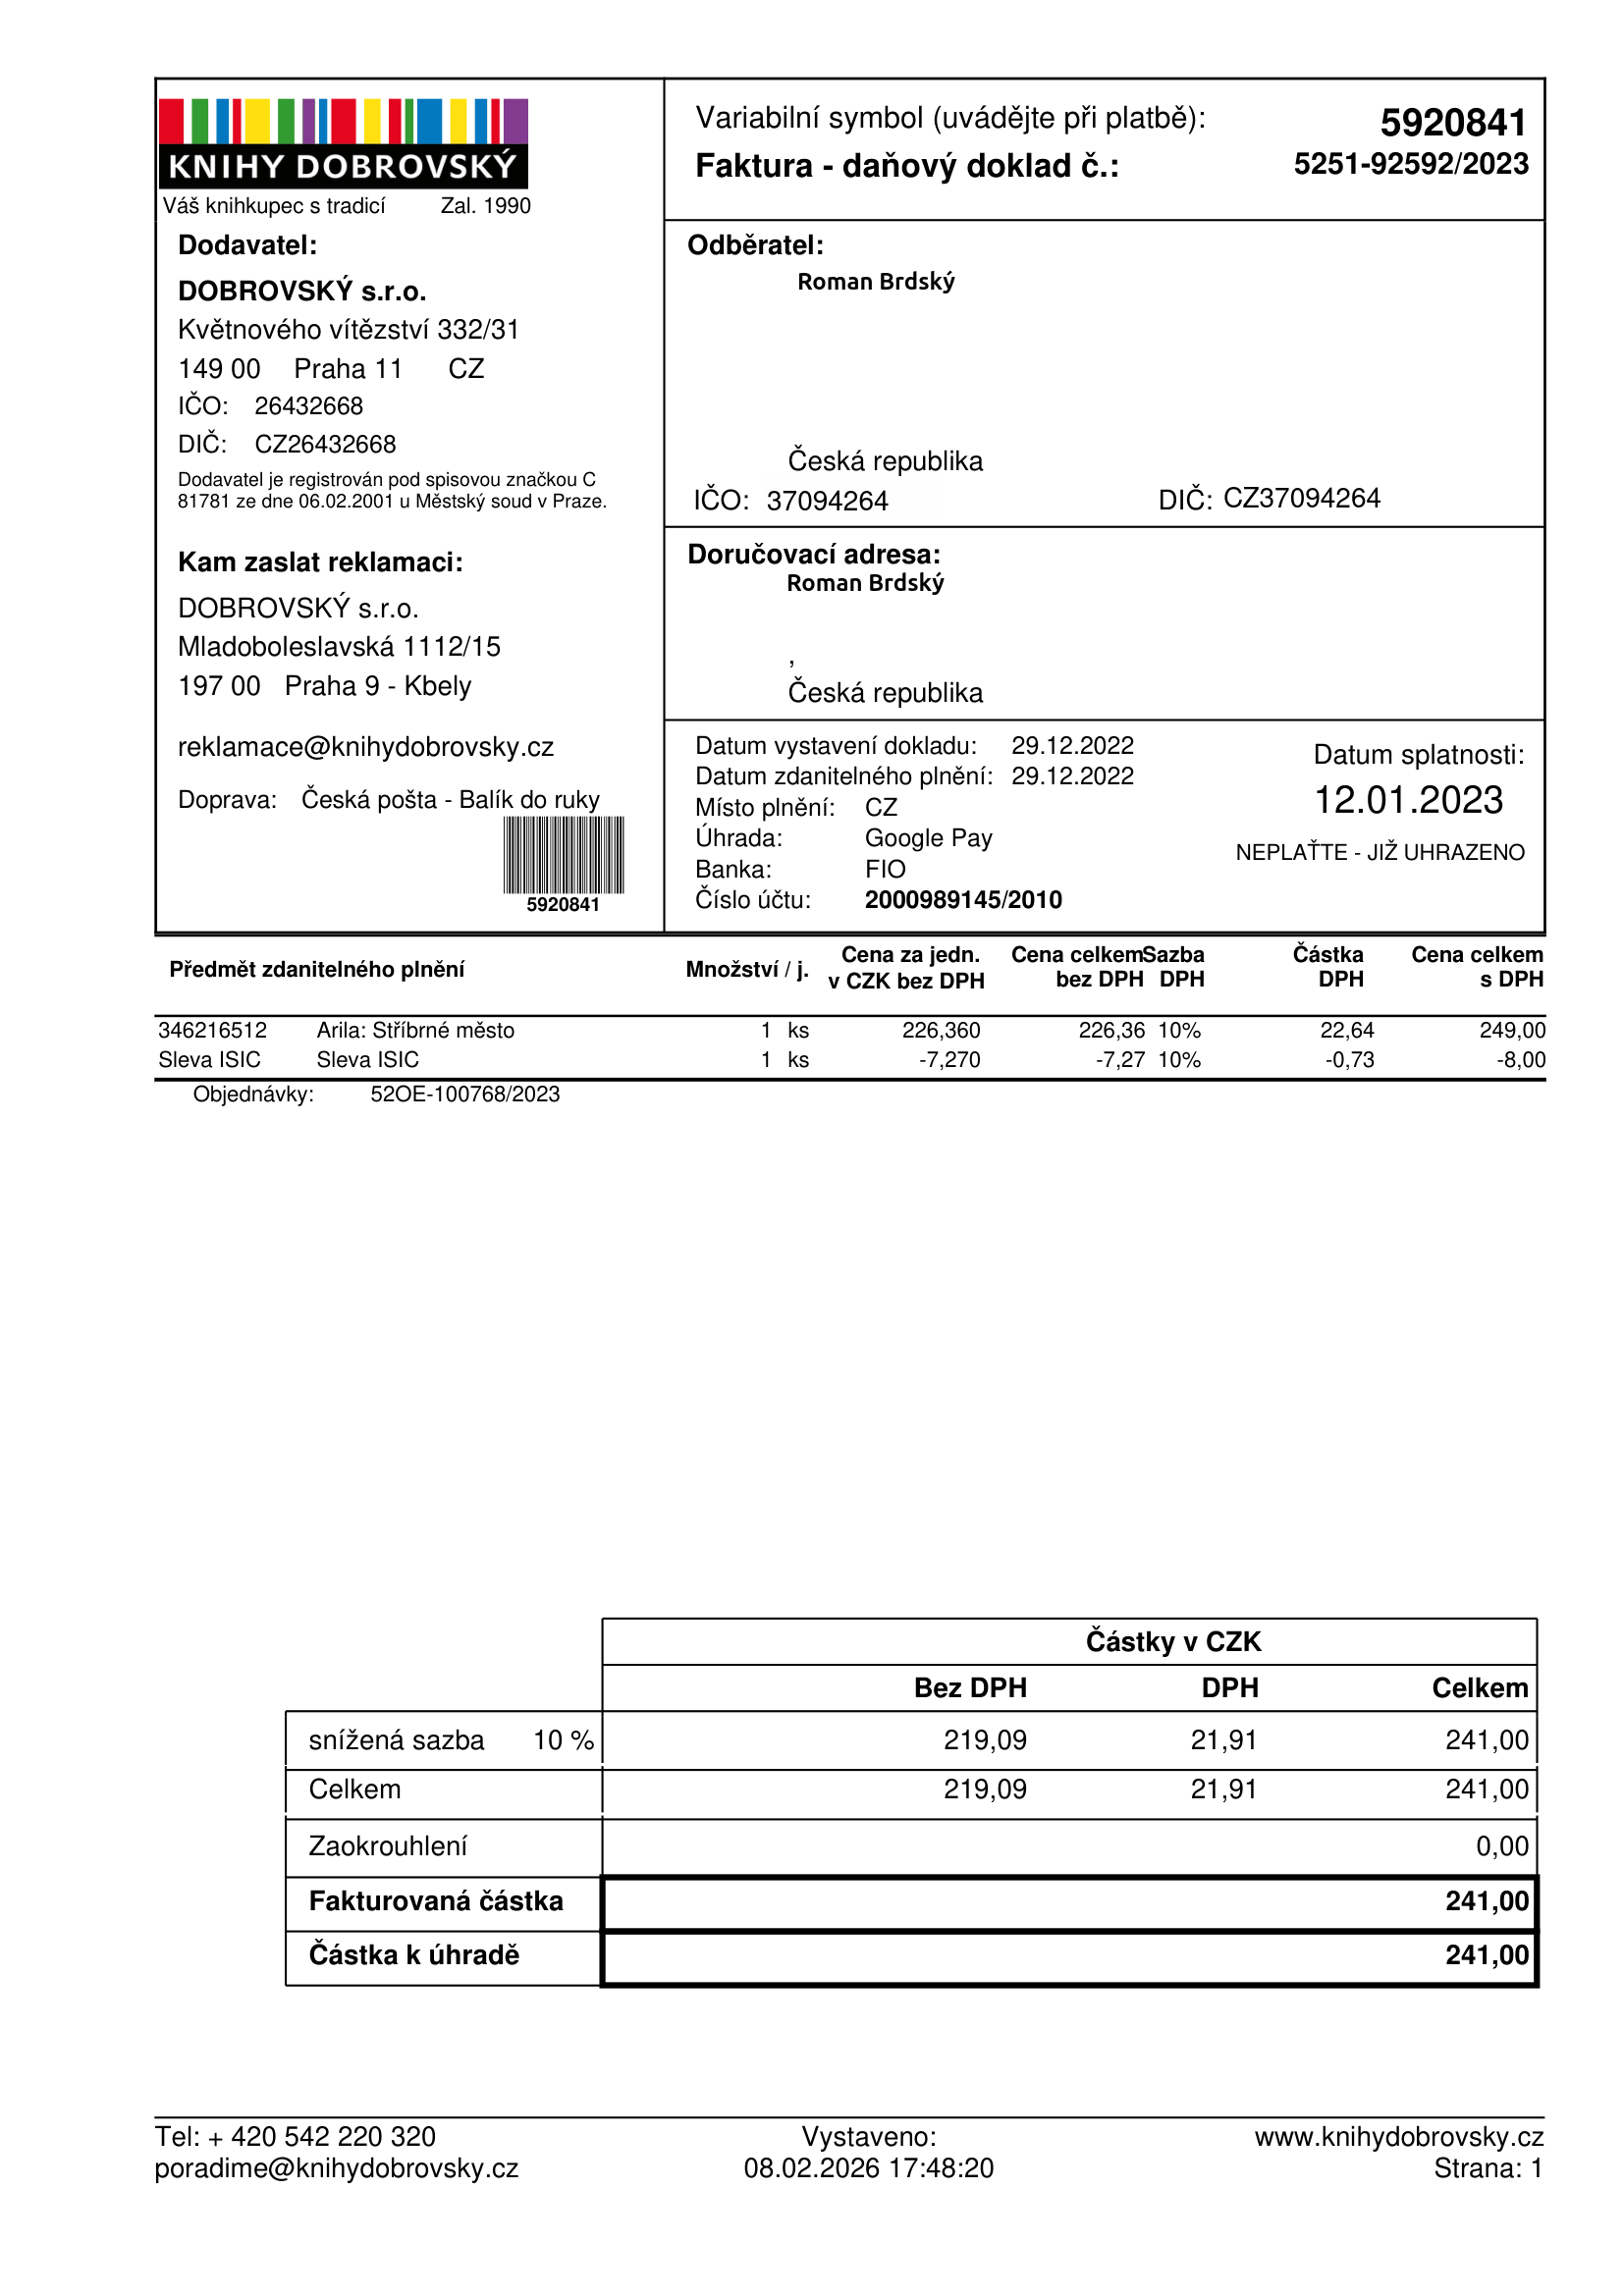
invoice_number: 5251-92592/2023
supp_register_id: 26432668
supp_tax_id: CZ26432668
cust_register_id: 37094264
cust_tax_id: CZ37094264
issue_date: 29.12.2022
taxable_supply_date: 29.12.2022
due_date: 12.01.2023
payment_type: Google Pay
bank_account_number: 2000989145/2010
variable_symbol: 5920841
total: 241,00